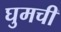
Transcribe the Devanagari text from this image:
घुमची